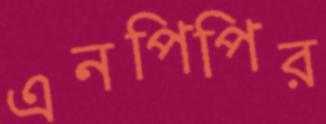
এনপিপির